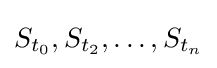
S_{t_{0}},S_{t_{2}},\dots ,S_{t_{n}}